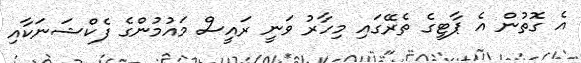
އެ ގޮތުން އެ ޕާޓީގެ ތެރޭގައި މިހާރު ވަނީ ރައީސް މައުމުންގެ ފެކްޝަނަކާއި